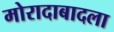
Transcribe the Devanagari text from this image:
मोरादाबादला